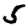
Digit: 5